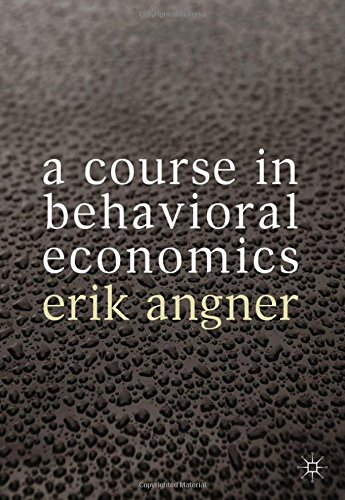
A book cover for A Course in Behavioral Economics; Erik Angner; Medical Books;